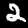
Digit: 2